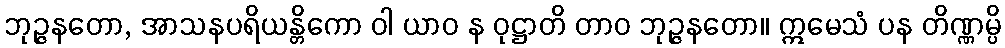
ဘုဉ္ဇနတော, အာသနပရိယန္တိကော ဝါ ယာဝ န ဝုဋ္ဌာတိ တာဝ ဘုဉ္ဇနတော။ ဣမေသံ ပန တိဏ္ဏမ္ပိ